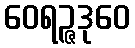
ဝေရဉ္ဇဒုဝေ